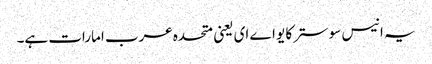
یہ انیس سو سترکا یو اے ای یعنی متحدہ عرب امارات ہے۔